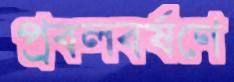
প্রবলবর্ষণে